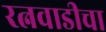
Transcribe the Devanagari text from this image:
रत्नवाडीचा